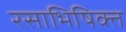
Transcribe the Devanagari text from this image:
रसाभिषिक्त